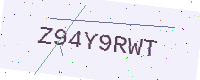
Text: Z94Y9RWT